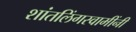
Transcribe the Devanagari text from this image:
शांतलिंगस्वामींनी